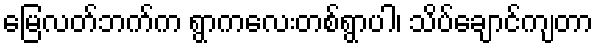
မြေလတ်ဘက်က ရွာကလေးတစ်ရွာပါ၊ သိပ်ချောင်ကျတာ